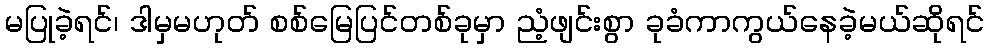
မပြုခဲ့ရင်၊ ဒါမှမဟုတ် စစ်မြေပြင်တစ်ခုမှာ ညံ့ဖျင်းစွာ ခုခံကာကွယ်နေခဲ့မယ်ဆိုရင်